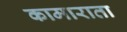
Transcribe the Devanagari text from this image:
कामाराता